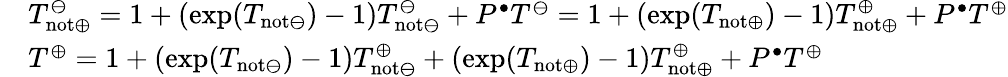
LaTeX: \begin{array}{rl}&{T_{\mathrm{not}\oplus}^{\ominus}=1+(\exp(T_{\mathrm{not}\ominus})-1)T_{\mathrm{not}\ominus}^{\ominus}+P^{\bullet}T^{\ominus}=1+(\exp(T_{\mathrm{not}\oplus})-1)T_{\mathrm{not}\oplus}^{\oplus}+P^{\bullet}T^{\oplus}}\\ &{T^{\oplus}=1+(\exp(T_{\mathrm{not}\ominus})-1)T_{\mathrm{not}\ominus}^{\oplus}+(\exp(T_{\mathrm{not}\oplus})-1)T_{\mathrm{not}\oplus}^{\oplus}+P^{\bullet}T^{\oplus}}\end{array}